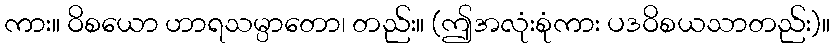
ကား။ ဝိစယော ဟာရသမ္ပာတော၊ တည်း။ (ဤအလုံးစုံကား ပဒဝိစယသာတည်း)။